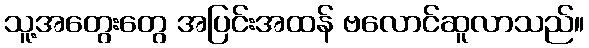
သူ့အတွေးတွေ အပြင်းအထန် ဗလောင်ဆူလာသည်။